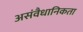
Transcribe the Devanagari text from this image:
असंवैधानिकता